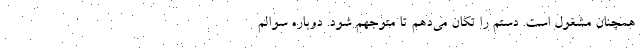
همچنان مشغول است. دستم را تکان می‌دهم تا متوجهم شود. دوباره سوالم